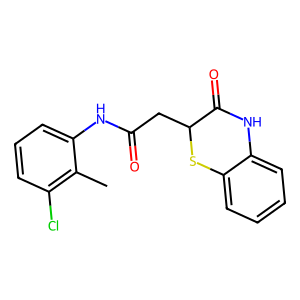
SMILES: Cc1c(Cl)cccc1NC(=O)CC1Sc2ccccc2NC1=O
Inhibits HIV replication: No